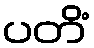
ပတိံ